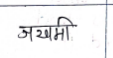
मजकूर: जखमी